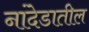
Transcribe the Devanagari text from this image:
नांदेडातील